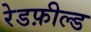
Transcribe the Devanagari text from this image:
रेडफ़ील्ड